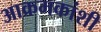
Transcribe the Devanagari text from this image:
आक्रमकांशी